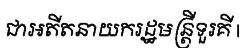
ជាអតីតនាយករដ្ឋមន្ត្រីទួរគី |